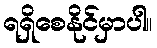
ရရှိစေနိုင်မှာပါ။